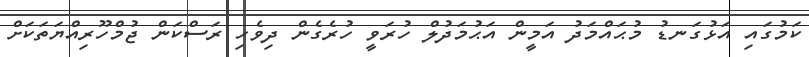
ކަމުގައި އަޅުގަނޑު މުޙައްމަދު އަމީން އަޙުމަދުލް ހުރަވީ ހުރެގެން ދިވެހި ރަސްކަން ޖުމްހޫރިއްޔަތަކަށް